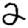
Digit: 2